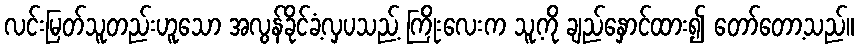
လင်းမြတ်သူတည်းဟူသော အလွန်ခိုင်ခံ့လှပသည့် ကြိုးလေးက သူ့ကို ချည်နှောင်ထား၍ တော်တော့သည်။